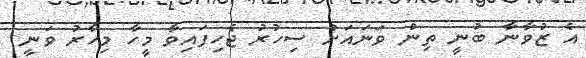
އެ ޒުވާނާ ބުނީ ތިން ވަނައަށް ސިހުރު ޖެހިފައިވާ މީހާ މިހާރު ވަނީ